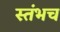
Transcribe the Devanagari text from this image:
स्तंभच